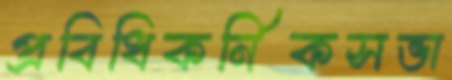
প্রবিধিকর্নিকসভা